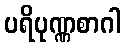
ပရိပုဏ္ဏစာဂါ